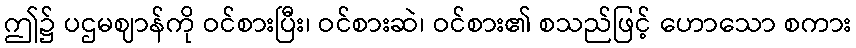
ဤ၌ ပဌမဈာန်ကို ဝင်စားပြီး၊ ဝင်စားဆဲ၊ ဝင်စား၏ စသည်ဖြင့် ဟောသော စကား